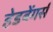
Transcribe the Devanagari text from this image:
हेडबेंगर्स